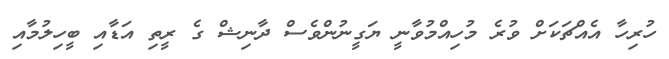
ހުރިހާ އެއްޗަކަށް ވުރެ މުހިއްމުވާނީ ޔަގީނުންވެސް ދާނިޝް ގެ ރީތި އަޑާއި ބީހިލުމާއި